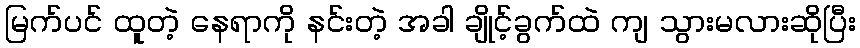
မြက်ပင် ထူတဲ့ နေရာကို နင်းတဲ့ အခါ ချိုင့်ခွက်ထဲ ကျ သွားမလားဆိုပြီး